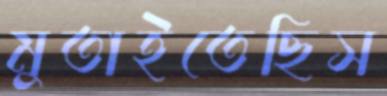
মুতাইতেছিস